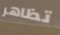
تظاهر